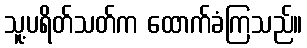
သူ့ပရိတ်သတ်က ထောက်ခံကြသည်။